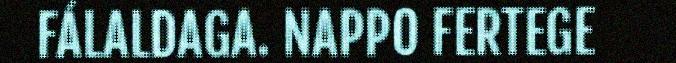
FÁLALDAGA. NAPPO FERTEGE